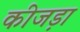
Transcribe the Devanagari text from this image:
कीजड़ा